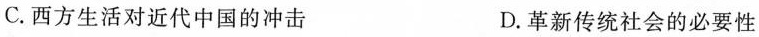
C.西方生活对近代中国的冲击 D.革新传统社会的必要性